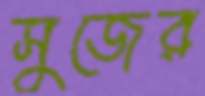
সুজের